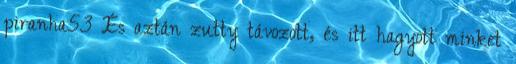
piranha53 És aztán zutty távozott, és itt hagyott minket